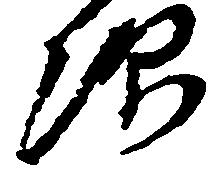
次